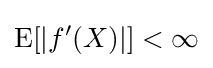
\operatorname {E} [\vert f'(X)\vert ]<\infty